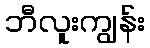
ဘီလူးကျွန်း